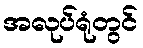
အလုပ်ရုံတွင်